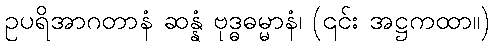
ဥပရိအာဂတာနံ ဆန္နံ ဗုဒ္ဓဓမ္မာနံ၊ (၎င်း အဋ္ဌကထာ။)